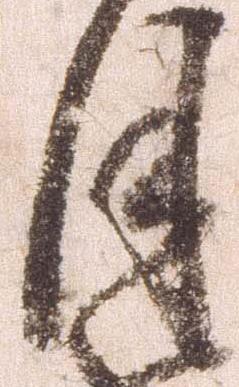
月